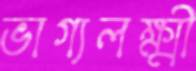
ভাগ্যলক্ষ্মী